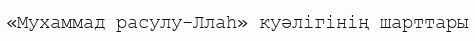
«Мухаммад расулу-Ллаһ» куәлігінің шарттары